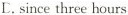
L. since three hours